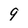
Character: 9